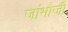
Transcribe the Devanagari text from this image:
जांभौजी